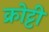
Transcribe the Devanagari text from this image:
क्रोट्टी